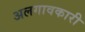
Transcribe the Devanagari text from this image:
अलगावकारी